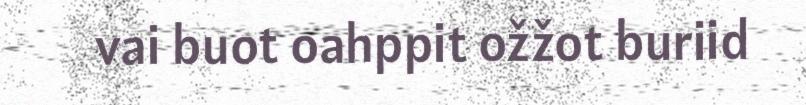
vai buot oahppit ožžot buriid